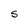
Character: S